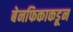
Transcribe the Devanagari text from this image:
बेनफिकाकडून